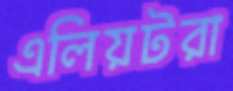
এলিয়টরা